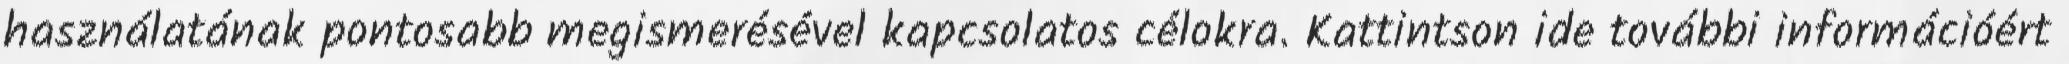
használatának pontosabb megismerésével kapcsolatos célokra. Kattintson ide további információért